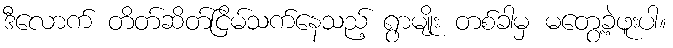
ဒီလောက် တိတ်ဆိတ်ငြိမ်သက်နေသည့် ရွာမျိုး တစ်ခါမှ မတွေ့ခဲ့ဖူးပါ။